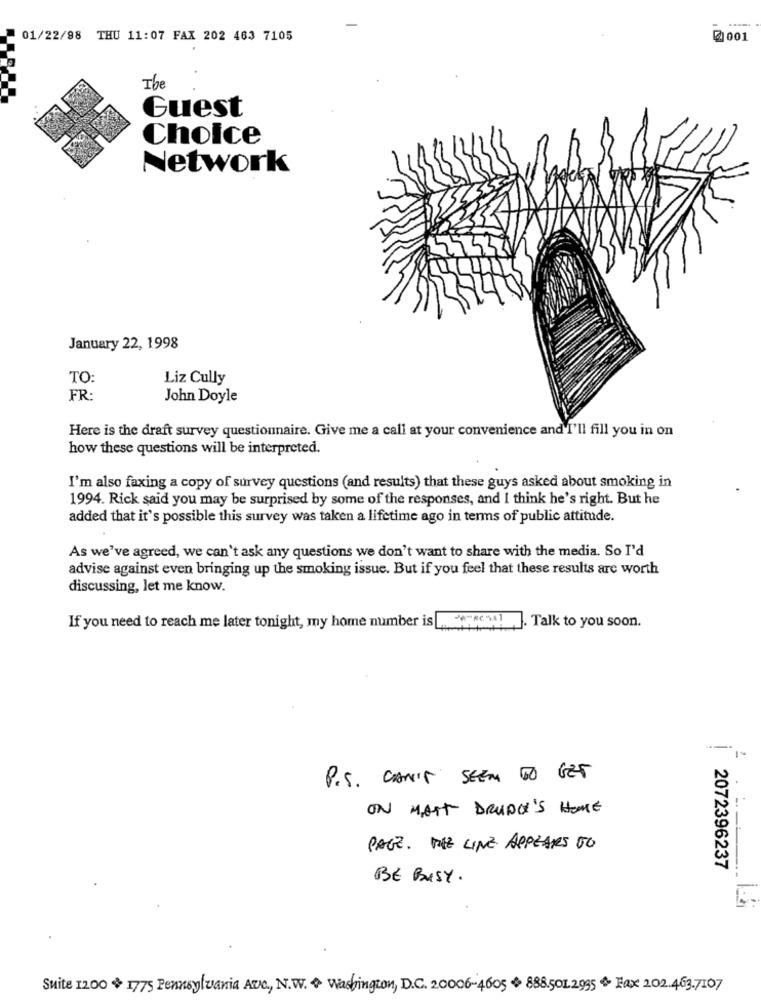
01/22/98 THU 11:07 FAX 202 463 7105
2001
The
Guest
Choice
Network
January 22, 1998
TO:
Liz Cully
FR
John Doyle
Here is the draft survey questionnaire. Give me a call at your convenience and I'll fill you in on
how these questions will be interpreted.
I'm also faxing a copy of survey questions (and results) that these guys asked about smoking in
1994. Rick said you may be surprised by some of the responses, and I think he's right. But he
added that it's possible this survey was taken a lifetime ago in terms of public attitude.
As we've agreed, we can't ask any questions we don't want to share with the media. So I'd
advise against even bringing up the smoking issue. But if you feel that these results are worth
discussing, let me know.
If you need to reach me later tonight, my home number is ,
. Talk to you soon.
P.S. CAN'T SEEM TO GET
ON MATT DRUDGE'S HOME
PAGE. THE LINE APPEARS TO
2072396237
BE BUSY.
Suite 1200 + 1775 Pennsylvania Aro, N.W. + Washington, D.C. 20006-4605 + 888.5012995 * Fax 202.463.7107